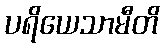
ပရိယေသာမီတိ